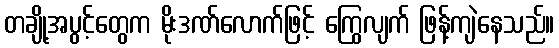
တချို့အပွင့်တွေက မိုးဒဏ်လောက်ဖြင့် ကြွေလျက် ဖြန့်ကျဲနေသည်။